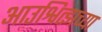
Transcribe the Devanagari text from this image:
आउश्वित्झच्या